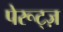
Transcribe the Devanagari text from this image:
पेरूट्ज़